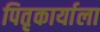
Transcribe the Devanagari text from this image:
पितृकार्याला